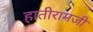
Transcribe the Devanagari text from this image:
हातीरामजी